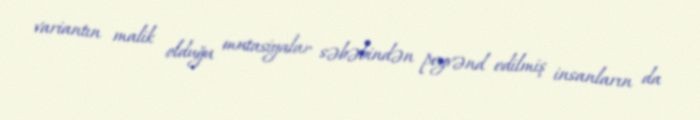
variantın malik olduğu mutasiyalar səbəbindən peyvənd edilmiş insanların da